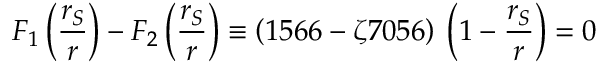
F _ { 1 } \left( \frac { r _ { S } } { r } \right) - F _ { 2 } \left( \frac { r _ { S } } { r } \right) \equiv \left( 1 5 6 6 - \zeta 7 0 5 6 \right) \: \left( 1 - \frac { r _ { S } } { r } \right) = 0